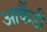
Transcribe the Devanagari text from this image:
आर्कैडी